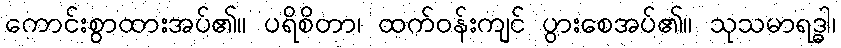
ကောင်းစွာထားအပ်၏။ ပရိစိတာ၊ ထက်ဝန်းကျင် ပွားစေအပ်၏။ သုသမာရဒ္ဓါ၊